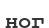
ног